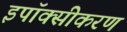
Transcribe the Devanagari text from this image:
इपॉक्सीकरण